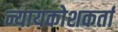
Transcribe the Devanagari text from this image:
न्यायकोशकर्ता